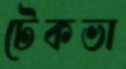
টেকভা